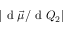
| \mathrm { ~ d ~ } \vec { \mu } / \mathrm { ~ d ~ } Q _ { 2 } |